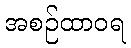
အစဉ်ထာဝရ